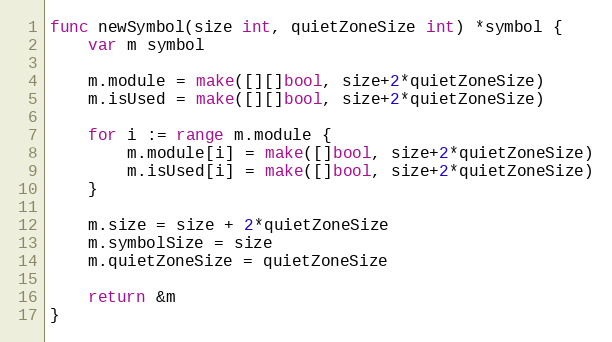
Language: Go
func newSymbol(size int, quietZoneSize int) *symbol {
	var m symbol

	m.module = make([][]bool, size+2*quietZoneSize)
	m.isUsed = make([][]bool, size+2*quietZoneSize)

	for i := range m.module {
		m.module[i] = make([]bool, size+2*quietZoneSize)
		m.isUsed[i] = make([]bool, size+2*quietZoneSize)
	}

	m.size = size + 2*quietZoneSize
	m.symbolSize = size
	m.quietZoneSize = quietZoneSize

	return &m
}